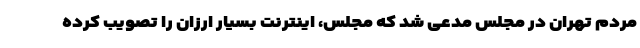
مردم تهران در مجلس مدعی شد که مجلس، اینترنت بسیار ارزان را تصویب کرده